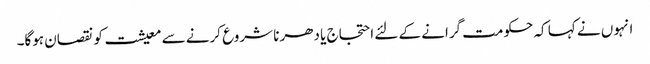
انہوں نے کہا کہ حکومت گرانے کے لئے احتجاج یا دھرنا شروع کرنے سے معیشت کو نقصان ہوگا۔